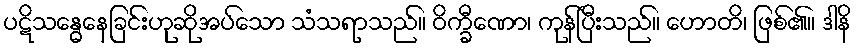
ပဋိသန္ဓေနေခြင်းဟုဆိုအပ်သော သံသရာသည်။ ဝိက္ခီဏော၊ ကုန်ပြီးသည်။ ဟောတိ၊ ဖြစ်၏။ ဒါနိ